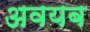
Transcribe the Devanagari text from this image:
अवयब